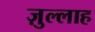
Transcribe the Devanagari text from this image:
ज़ुल्लाह